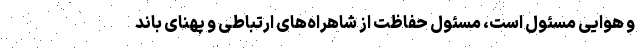
و هوایی مسئول است، مسئول حفاظت از شاهراه‌های ارتباطی و پهنای باند